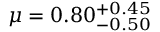
\mu = 0 . 8 0 _ { - 0 . 5 0 } ^ { + 0 . 4 5 }